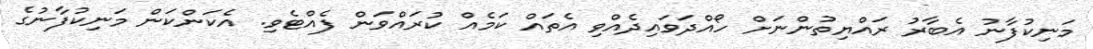
މަނިކުފާނު އެބާރު ރައްޔިތުންނަށް ހޯއްދަވައިދެއްވި އެތައް ކަމެއް ކުރައްވަން ފެއްޓެވި. އެކަންކަން މަނިކުފާނުގެ